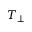
T _ { \perp }